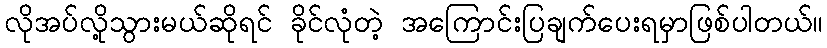
လိုအပ်လို့သွားမယ်ဆိုရင် ခိုင်လုံတဲ့ အကြောင်းပြချက်ပေးရမှာဖြစ်ပါတယ်။